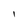
Character: 1